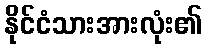
နိုင်ငံသားအားလုံး၏